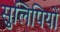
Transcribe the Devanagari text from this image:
सुलिपियों